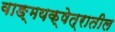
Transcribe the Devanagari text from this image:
वाङ्मयक्षेत्रातील